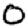
Digit: 0